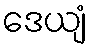
ဒေယျံ